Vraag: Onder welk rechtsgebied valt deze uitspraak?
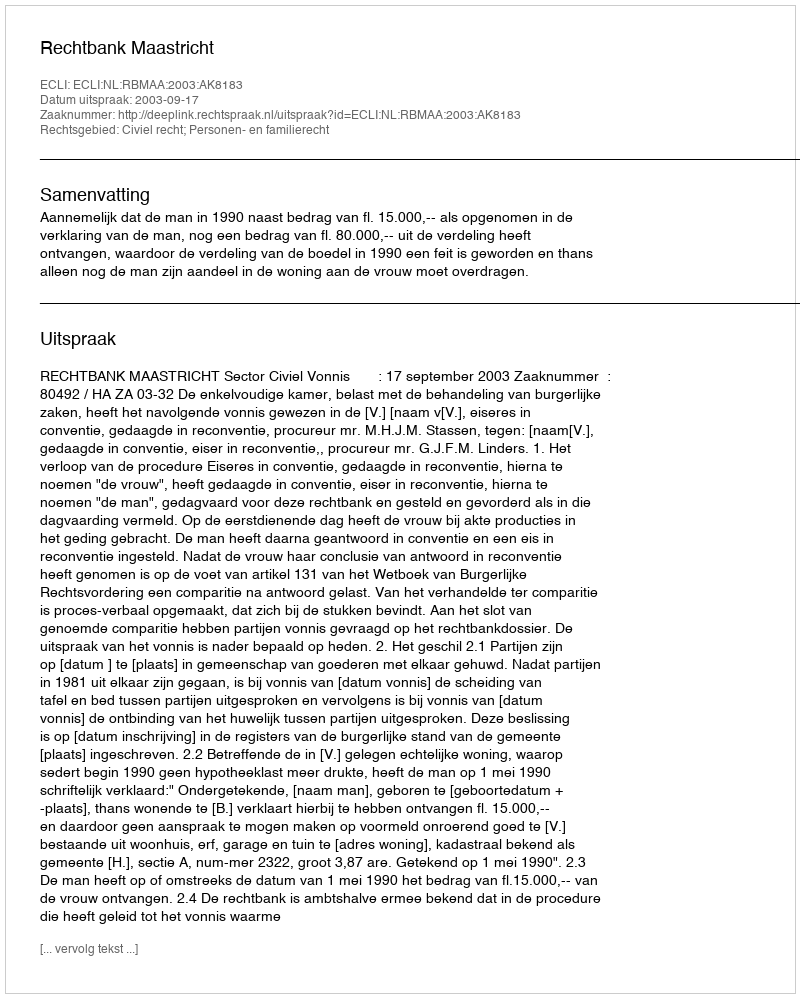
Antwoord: Civiel recht; Personen- en familierecht